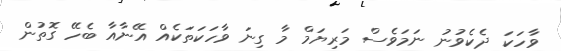
ވާހަކަ ދެކެވުނު ނަމަވެސް މަރިޔަމް މާ ގިނަ ވާހަކަތަކެއް އޭނާއާ ބެހޭ ގޮތުން